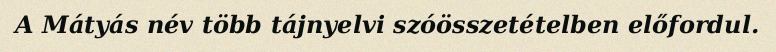
A Mátyás név több tájnyelvi szóösszetételben előfordul.